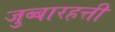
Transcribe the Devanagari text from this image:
जुब्बारहत्ती